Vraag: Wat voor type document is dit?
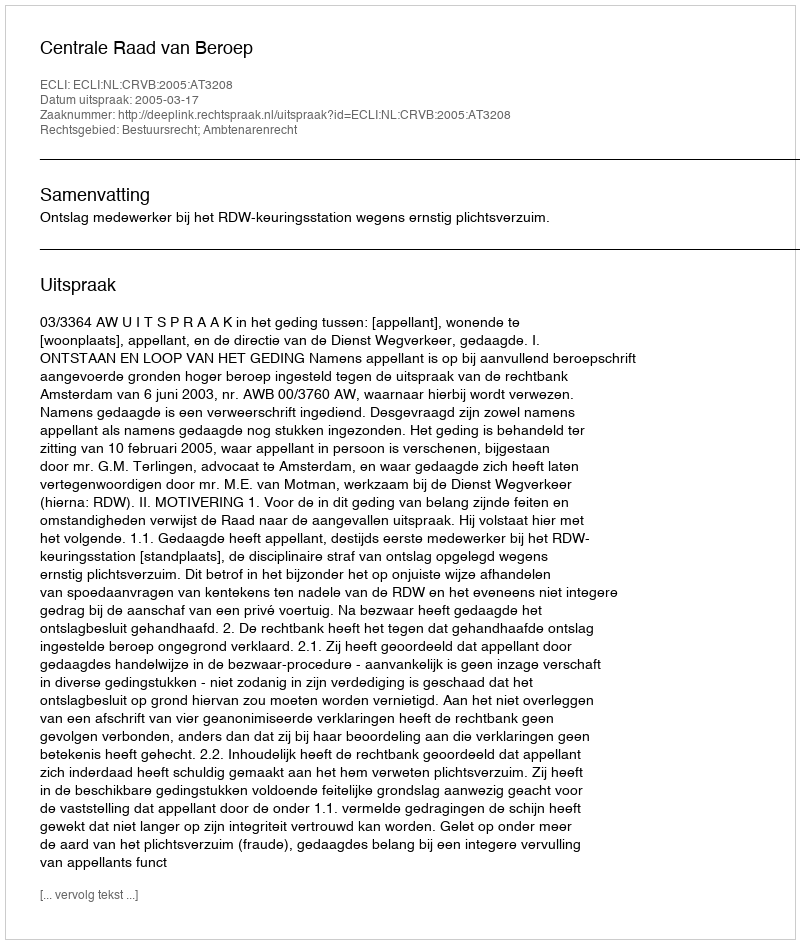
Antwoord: Uitspraak